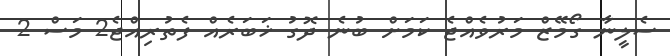
ސެލީނާ ގޯމޭޒް މަރުވެއްޖެ ކަމަށް ބުނެ ދޮގު ޚަބަރެއް ފެތުރިއްޖެ2 މަސް 2